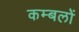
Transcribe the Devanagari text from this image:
कम्बलों